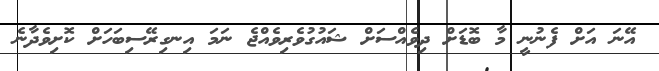
އޭނަ އަށް ފެނުނީ މާ ބޮޑަށް ދިވެއްސަށް ޝައުގުވެރިވެއްޖެ ނަމަ އިނގިރޭސިބަހަށް ކޮށިވެދާނެ